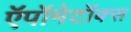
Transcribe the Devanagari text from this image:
ऍपॉमेटॉक्स